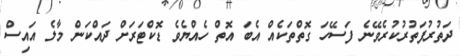
ދަތުރުފަތުރުކުރެވޭނެ ފަސޭހަ ގޮތްތަކެއް އެބަ އޮތް ހެއްޔެވެ ޑޮކްޓަރަށް ދައްކަން މާލެ އައިސް